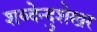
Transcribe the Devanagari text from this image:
शब्देन्दुशेखर